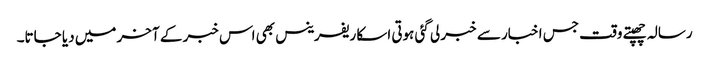
رسالہ چھپتے وقت جس اخبار سے خبر لی گئی ہوتی اسکا ریفرینس بھی اس خبر کے آخر میں دیا جاتا۔